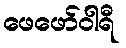
ဖေဖော်ဝါရီ